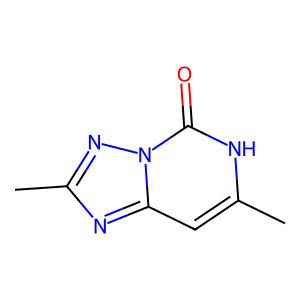
SMILES: Cc1nc2cc(C)[nH]c(=O)n2n1
Inhibits HIV replication: No